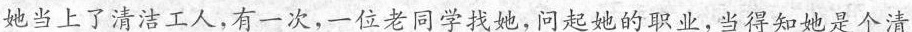
她当上了清洁工人，有一次，一位老同学找她，问起她的职业，当得知她是个清